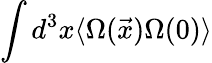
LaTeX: \int d^{3}x\langle\Omega(\vec{x})\Omega(0)\rangle